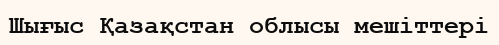
Шығыс Қазақстан облысы мешіттері